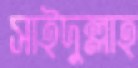
সাইদুল্লাহ